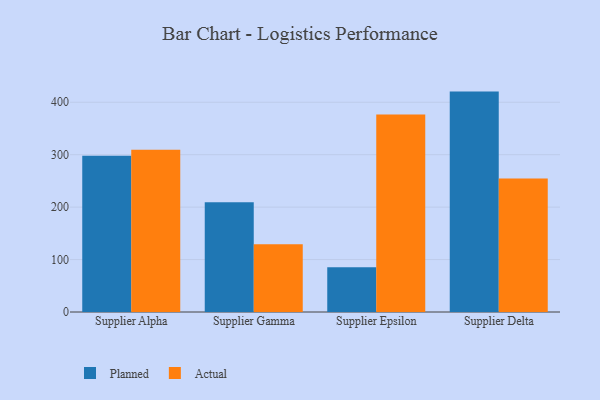
{"axis": {"x": "Supplier", "y": "Shipments"}, "legend": ["Actual", "Planned"], "data": [{"x": "Supplier Alpha", "y": 298.2, "type": "Planned"}, {"x": "Supplier Alpha", "y": 309.4, "type": "Actual"}, {"x": "Supplier Gamma", "y": 209.3, "type": "Planned"}, {"x": "Supplier Gamma", "y": 129.4, "type": "Actual"}, {"x": "Supplier Epsilon", "y": 85.1, "type": "Planned"}, {"x": "Supplier Epsilon", "y": 376.6, "type": "Actual"}, {"x": "Supplier Delta", "y": 420.3, "type": "Planned"}, {"x": "Supplier Delta", "y": 254.6, "type": "Actual"}]}